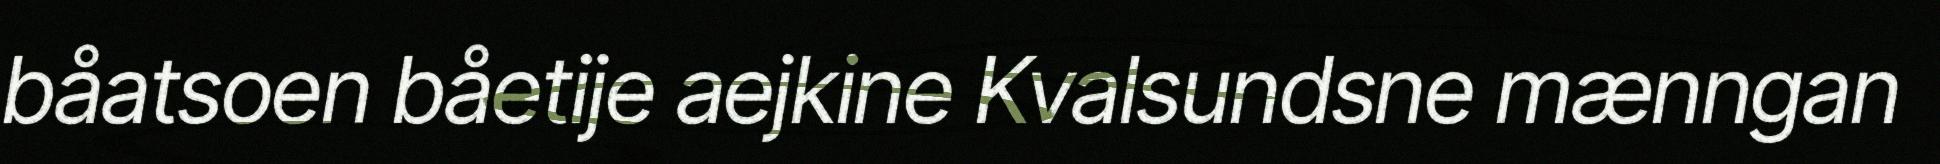
båatsoen båetije aejkine Kvalsundsne mænngan